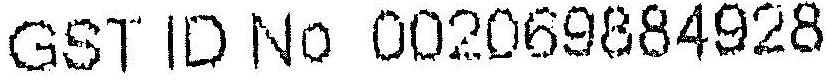
GST ID NO 002069884928